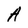
Character: A